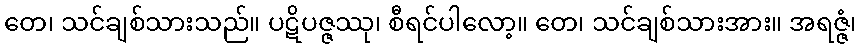
တေ၊ သင်ချစ်သားသည်။ ပဋိပဇ္ဇဿု၊ စီရင်ပါလော့။ တေ၊ သင်ချစ်သားအား။ အရဇ္ဇံ၊